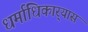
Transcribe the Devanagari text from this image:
धर्माधिकार्‍यास